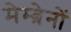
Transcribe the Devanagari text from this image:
मेम्ब्रेनों